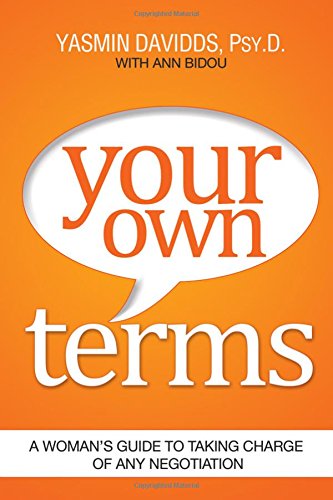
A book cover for Your Own Terms: A Woman's Guide to Taking Charge of Any Negotiation; Yasmin Davidds; Business & Money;